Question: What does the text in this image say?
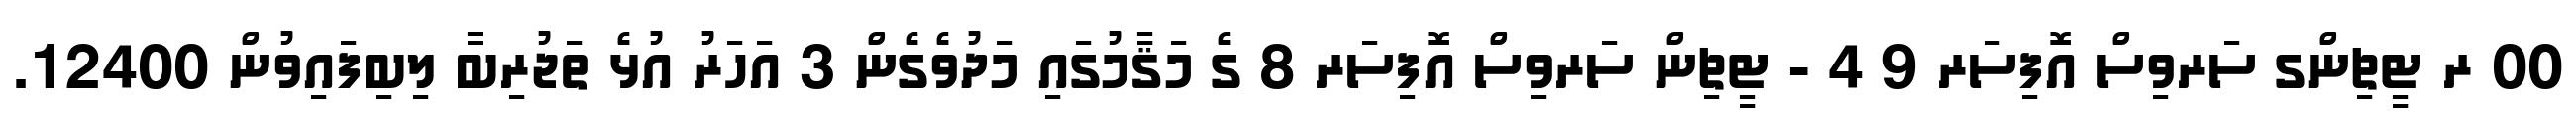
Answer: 00 ރ ޓީޗިންގ ސަރވިސް އޮފިސަރ 9 4 - ޓީޗިން ސަރވިސް އޮފިސަރ 8 ގެ މަޤާމުގައި މަދުވެގެން 3 އަހަރު އުޅެ ތަޖުރިބާ ލިބިފައިވުން 12400.